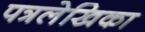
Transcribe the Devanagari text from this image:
पत्रलेखिका